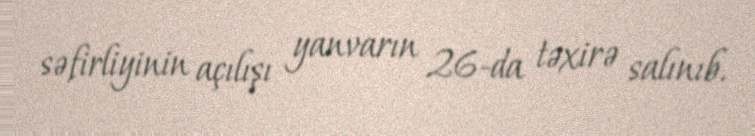
səfirliyinin açılışı yanvarın 26-da təxirə salınıb.